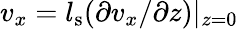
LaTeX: v_{x}=l_{\mathrm{s}}(\partial v_{x}/\partial z)|_{z=0}